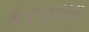
કરસાણ